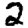
Digit: 2